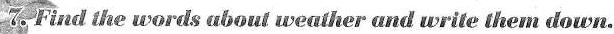
7. Find the words aboul weather and write then down.